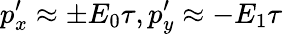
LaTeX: p_{x}^{\prime}\approx\pm E_{0}\tau,p_{y}^{\prime}\approx-E_{1}\tau